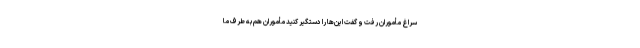
سراغ مأموران رفت و گفت این‌ها را دستگیر کنید مأموران هم به طرف ما